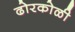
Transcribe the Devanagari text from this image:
ढोरकोळी